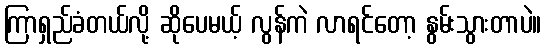
ကြာရှည်ခံတယ်လို့ ဆိုပေမယ့် လွန်ကဲ လာရင်တော့ နွမ်းသွားတာပဲ။